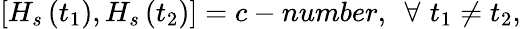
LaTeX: \left[H_{s}\left(t_{1}\right),H_{s}\left(t_{2}\right)\right]=c-number,\, \, \, \forall\, \, t_{1}\neq t_{2},